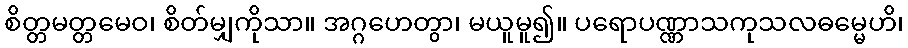
စိတ္တမတ္တမေဝ၊ စိတ်မျှကိုသာ။ အဂ္ဂဟေတွာ၊ မယူမူ၍။ ပရောပဏ္ဏာသကုသလဓမ္မေဟိ၊